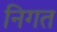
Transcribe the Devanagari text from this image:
निगत